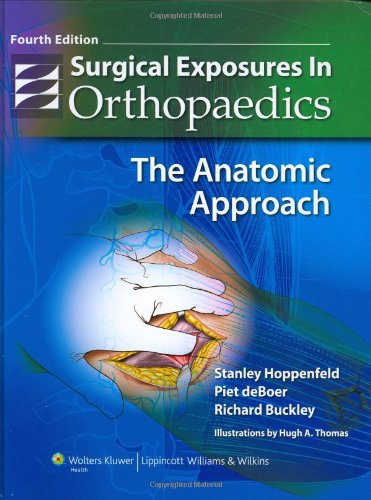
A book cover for Surgical Exposures in Orthopaedics: The Anatomic Approach (Hoppenfeld, Surgical Exposures in Orthopaedics); Stanley Hoppenfeld MD; Medical Books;